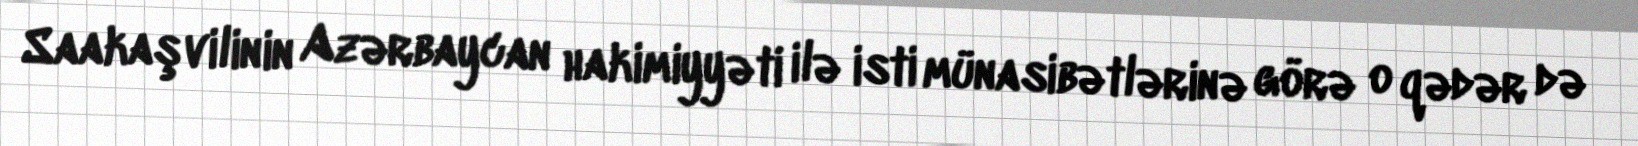
Saakaşvilinin Azərbaycan hakimiyyəti ilə isti münasibətlərinə görə o qədər də